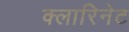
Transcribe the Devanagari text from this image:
क्लारिनेट